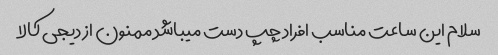
سلام این ساعت مناسب افراد چپ دست میباشد ممنون از دیجی کالا